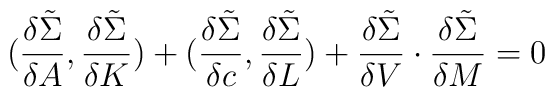
({{\delta \tilde \Sigma} \over {\delta A}},{{\delta \tilde \Sigma} \over {\delta K}} )+({{\delta \tilde \Sigma} \over {\delta c}},{{\delta \tilde \Sigma} \over {\delta L}} )+{{\delta \tilde \Sigma} \over {\delta V}}\cdot{{\delta \tilde \Sigma} \over {\delta M}}=0